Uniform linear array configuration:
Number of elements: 32
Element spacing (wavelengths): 0.25
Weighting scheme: exponential
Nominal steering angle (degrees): -60
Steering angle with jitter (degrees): -61.174
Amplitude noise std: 0.05
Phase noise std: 0.05

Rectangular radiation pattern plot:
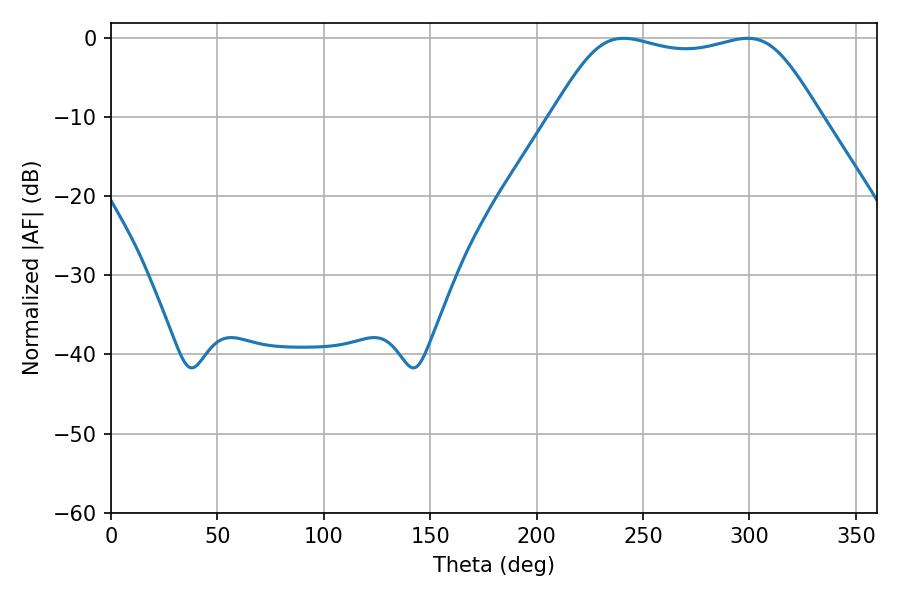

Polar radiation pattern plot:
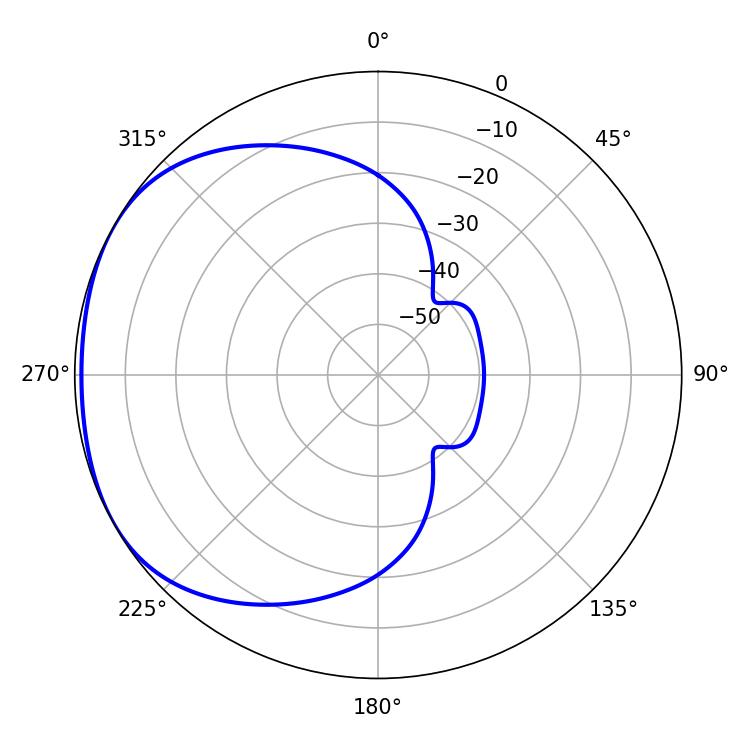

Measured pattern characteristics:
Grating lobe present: FALSE
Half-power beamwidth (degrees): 95.4
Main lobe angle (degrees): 240.84